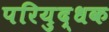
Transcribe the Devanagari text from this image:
परियुद्धक